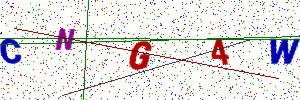
Text: CNG4W